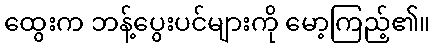
ထွေးက ဘန့်ပွေးပင်များကို မော့ကြည့်၏။